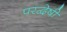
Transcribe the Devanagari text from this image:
परद्वेषी